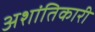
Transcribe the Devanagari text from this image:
अशांतिकारी